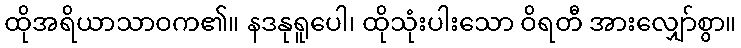
ထိုအရိယာသာဝက၏။ နဒနုရူပေါ၊ ထိုသုံးပါးသော ဝိရတီ အားလျှော်စွာ။